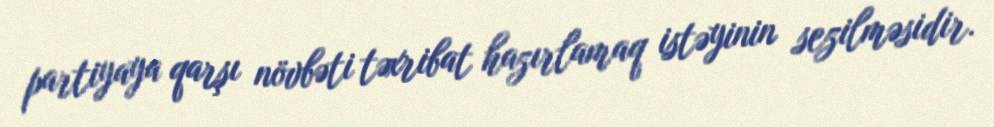
partiyaya qarşı növbəti təxribat hazırlamaq istəyinin sezilməsidir.